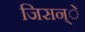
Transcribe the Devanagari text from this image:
जिसन्े